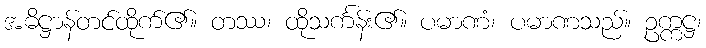
အဓိဋ္ဌာန်တင်ထိုက်၏။ တဿ၊ ထိုသင်္ကန်း၏။ ပမာဏံ၊ ပမာဏသည်။ ဥက္ကဋ္ဌ၊